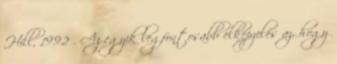
Hill, 1992 . Az egyik legfontosabb elképzelés az, hogy